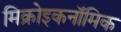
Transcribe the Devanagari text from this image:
मिक्रोइकनॉमिक